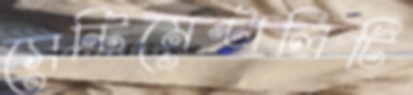
সেন্টিমেন্টালিটি